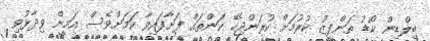
ބިލްޑިން ކޯޑު ތަންފީޒު ކުރުމަށް ކުރަންޖެހޭ ކަންތައް ފަށާފައިވާ ކަމަށްވެސް އަމީން ވިދާޅުވި